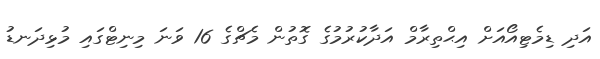
އަދި ޑިމެޓިއޯއަށް އިޙްތިރާމް އަދާކުރުމުގެ ގޮތުން މެޗްގެ 16 ވަނަ މިނިޓްގައި މުޅިދަނޑު